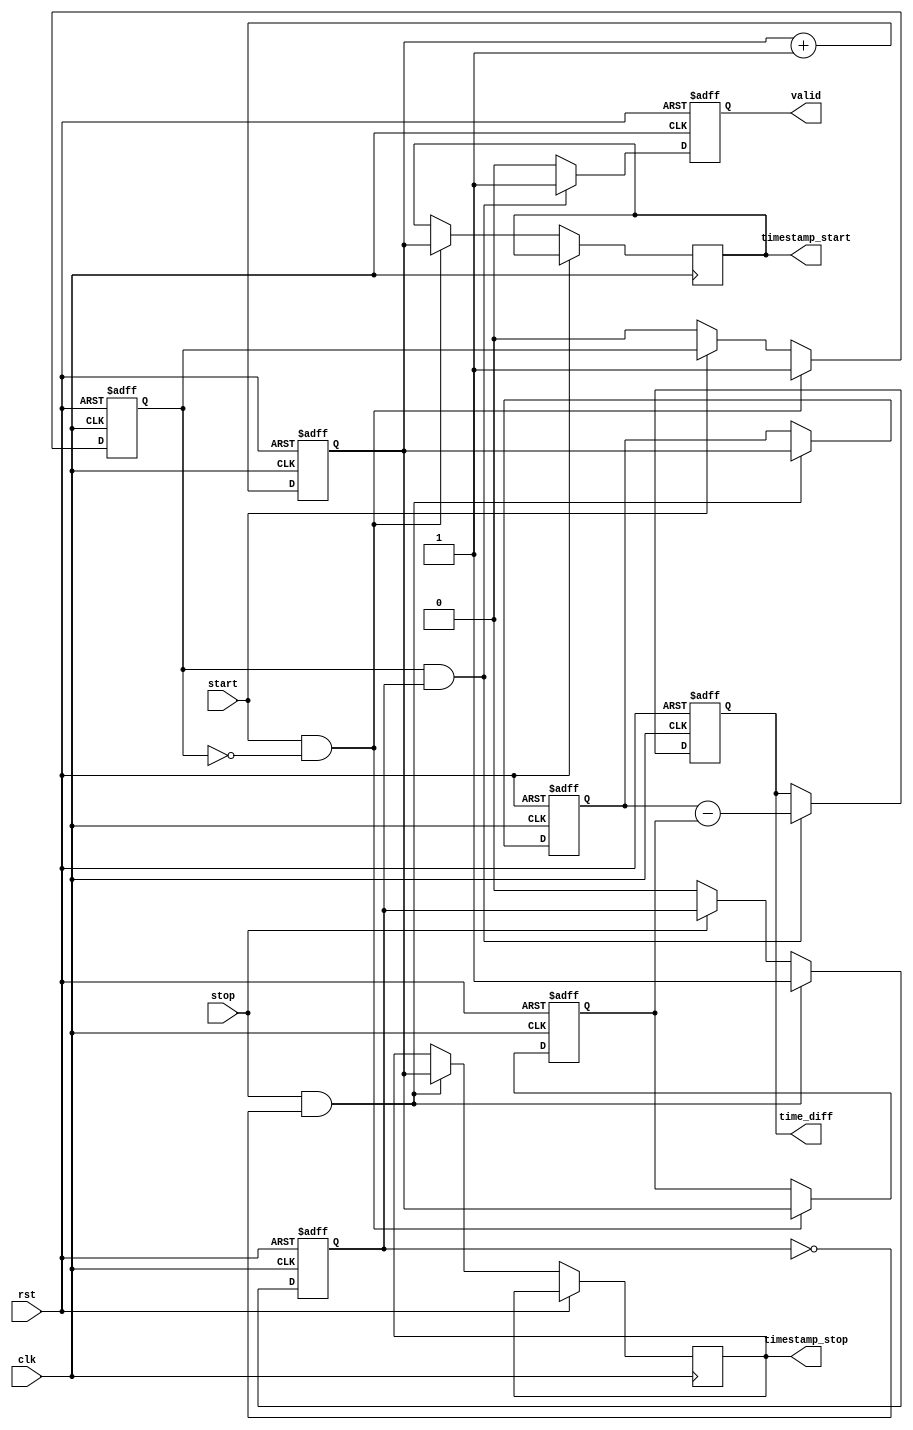
module TDC (
    input wire clk,          // System clock
    input wire rst,          // Reset signal
    input wire start,        // Start signal
    input wire stop,         // Stop signal
    output reg [31:0] time_diff, // Time difference output
    output reg valid,        // Valid output signal
    output reg [31:0] timestamp_start, // Start timestamp
    output reg [31:0] timestamp_stop   // Stop timestamp
);

// TMU: Time Measurement Unit
reg [31:0] counter; // Counter for time stamping
reg start_event;    // Flag for start event
reg stop_event;     // Flag for stop event

// Memory Block: For storing timestamps
reg [31:0] memory_start;
reg [31:0] memory_stop;

// DPU: Digital Processing Unit
always @(posedge clk or posedge rst) begin
    if (rst) begin
        counter <= 32'b0;
        start_event <= 1'b0;
        stop_event <= 1'b0;
        valid <= 1'b0;
        memory_start <= 32'b0;
        memory_stop <= 32'b0;
        time_diff <= 32'b0;
    end else begin
        // Increment counter for time stamping
        counter <= counter + 1;

        // Detect start event
        if (start && !start_event) begin
            start_event <= 1'b1; // Set start event
            memory_start <= counter; // Store start timestamp
            timestamp_start <= counter; // Output timestamp
        end else if (!start) begin
            start_event <= 1'b0; // Reset start event flag
        end

        // Detect stop event
        if (stop && !stop_event) begin
            stop_event <= 1'b1; // Set stop event
            memory_stop <= counter; // Store stop timestamp
            timestamp_stop <= counter; // Output timestamp
        end else if (!stop) begin
            stop_event <= 1'b0; // Reset stop event flag
        end

        // Calculate time difference
        if (start_event && stop_event) begin
            time_diff <= memory_stop - memory_start; // Calculate time difference
            valid <= 1'b1; // Set valid output
        end else begin
            valid <= 1'b0; // Reset valid output if not both events detected
        end
    end
end

endmodule